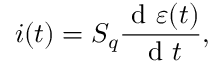
i ( t ) = S _ { q } \frac { \textrm { d } \varepsilon ( t ) } { \textrm { d } t } ,